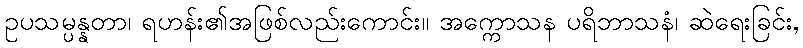
ဥပသမ္ပန္နတာ၊ ရဟန်း၏အဖြစ်လည်းကောင်း။ အက္ကောသန ပရိဘာသနံ၊ ဆဲရေးခြင်း,